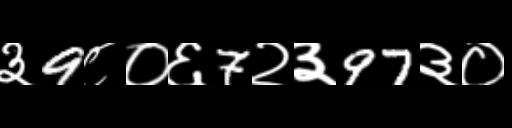
Text: ३9८०६7२३97३०